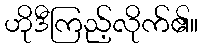
ဟိုဒီကြည့်လိုက်၏။